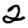
Digit: 2